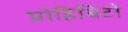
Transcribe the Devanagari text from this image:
प्रोहिबिटो